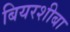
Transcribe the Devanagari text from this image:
बियरशीबा